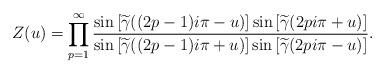
LaTeX: \begin{align*}Z(u)=\prod_{p=1}^{\infty}\frac{\sin\left[\widetilde{\gamma}((2p-1)i\pi -u)\right]\sin\left[\widetilde{\gamma}(2pi\pi +u)\right]}{\sin\left[\widetilde{\gamma}((2p-1)i\pi +u)\right]\sin\left[\widetilde{\gamma}(2pi\pi - u)\right]}.\end{align*}